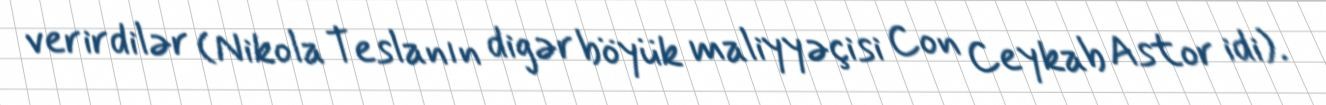
verirdilər (Nikola Teslanın digər böyük maliyyəçisi Con Ceykab Astor idi).